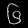
Digit: ၆